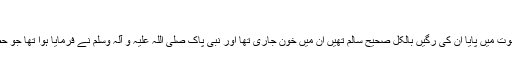
ابو موسیٰ اشعری فرماتے ہیں کہ
” جب میں نے شہر تستر فتح کیا تو میں نے دانیال علیہ السلام کو ایک تابوت میں پایا ان کی رگیں بالکل صحیح سالم تھیں ان میں خون جاری تھا اور نبی پاک صلی اللہ علیہ و آلہ وسلم نے فرمایا ہوا تھا جو حضرت دانیال علیہ السلام کی قبر بنائے گا اس کو جنت کی خوشخبری دو۔